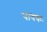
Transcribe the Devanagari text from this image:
पावकः